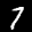
Label: 7